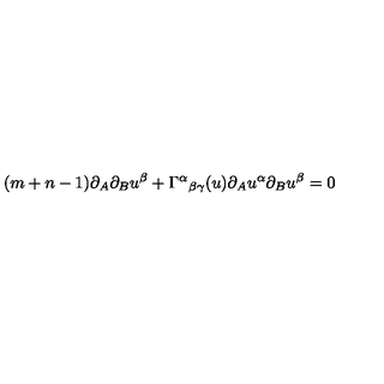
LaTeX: ( m + n - 1 ) \partial _ { A } \partial _ { B } u ^ { \beta } + \Gamma ^ { \alpha } { } _ { \beta \gamma } ( u ) \partial _ { A } u ^ { \alpha } \partial _ { B } u ^ { \beta } = 0